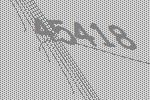
45418